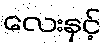
လေးနှင့်